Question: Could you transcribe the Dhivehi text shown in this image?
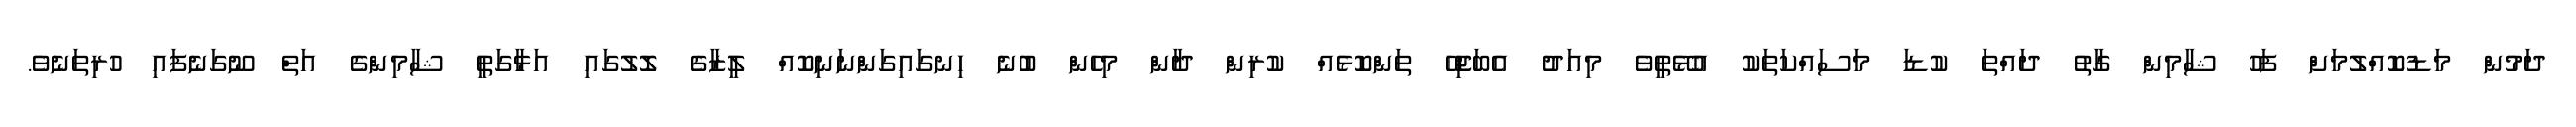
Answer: ދަމުން މަޑުކޮއްލުމަށް ފަހު ޝާމިން ގާތު ދައްތަ ކުޑަ މަސައްކަތަކު އުޅޭތީވެ މިއަދު އެބަޖިހޭ ތަންކޮޅެއް ކުރިން ދާން މިހެން ބުނެ ހިނގައިގަންނަނިކޮއް ލީޒާގެ ލޮލުގައި އަޅާގަތީ ޝާމިންގެ އަތް ނޫގަނެފައި ހުރިތަނެވެ.